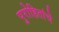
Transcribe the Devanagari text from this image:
पुरोहितांचे